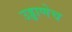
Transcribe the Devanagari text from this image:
उड्डाणेच